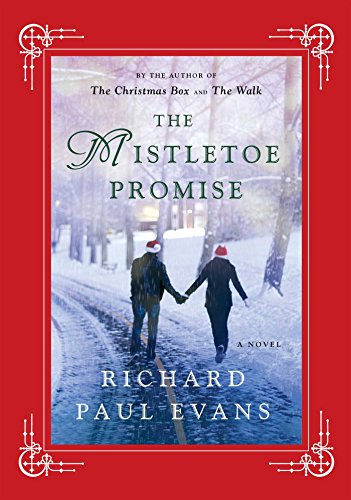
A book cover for The Mistletoe Promise; Richard Paul Evans; Romance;